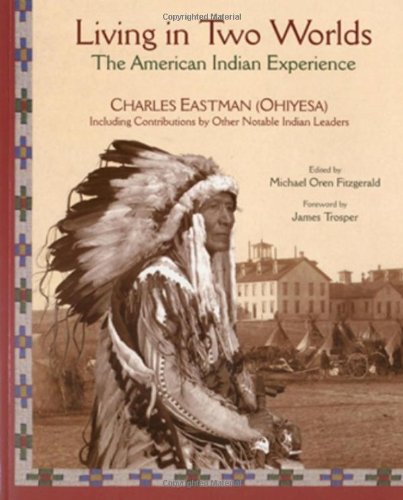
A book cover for Living in Two Worlds: The American Indian Experience (American Indian Traditions); Charles Eastman; Biographies & Memoirs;